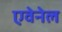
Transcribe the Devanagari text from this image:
एवेनेल